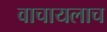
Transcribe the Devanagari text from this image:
वाचायलाच